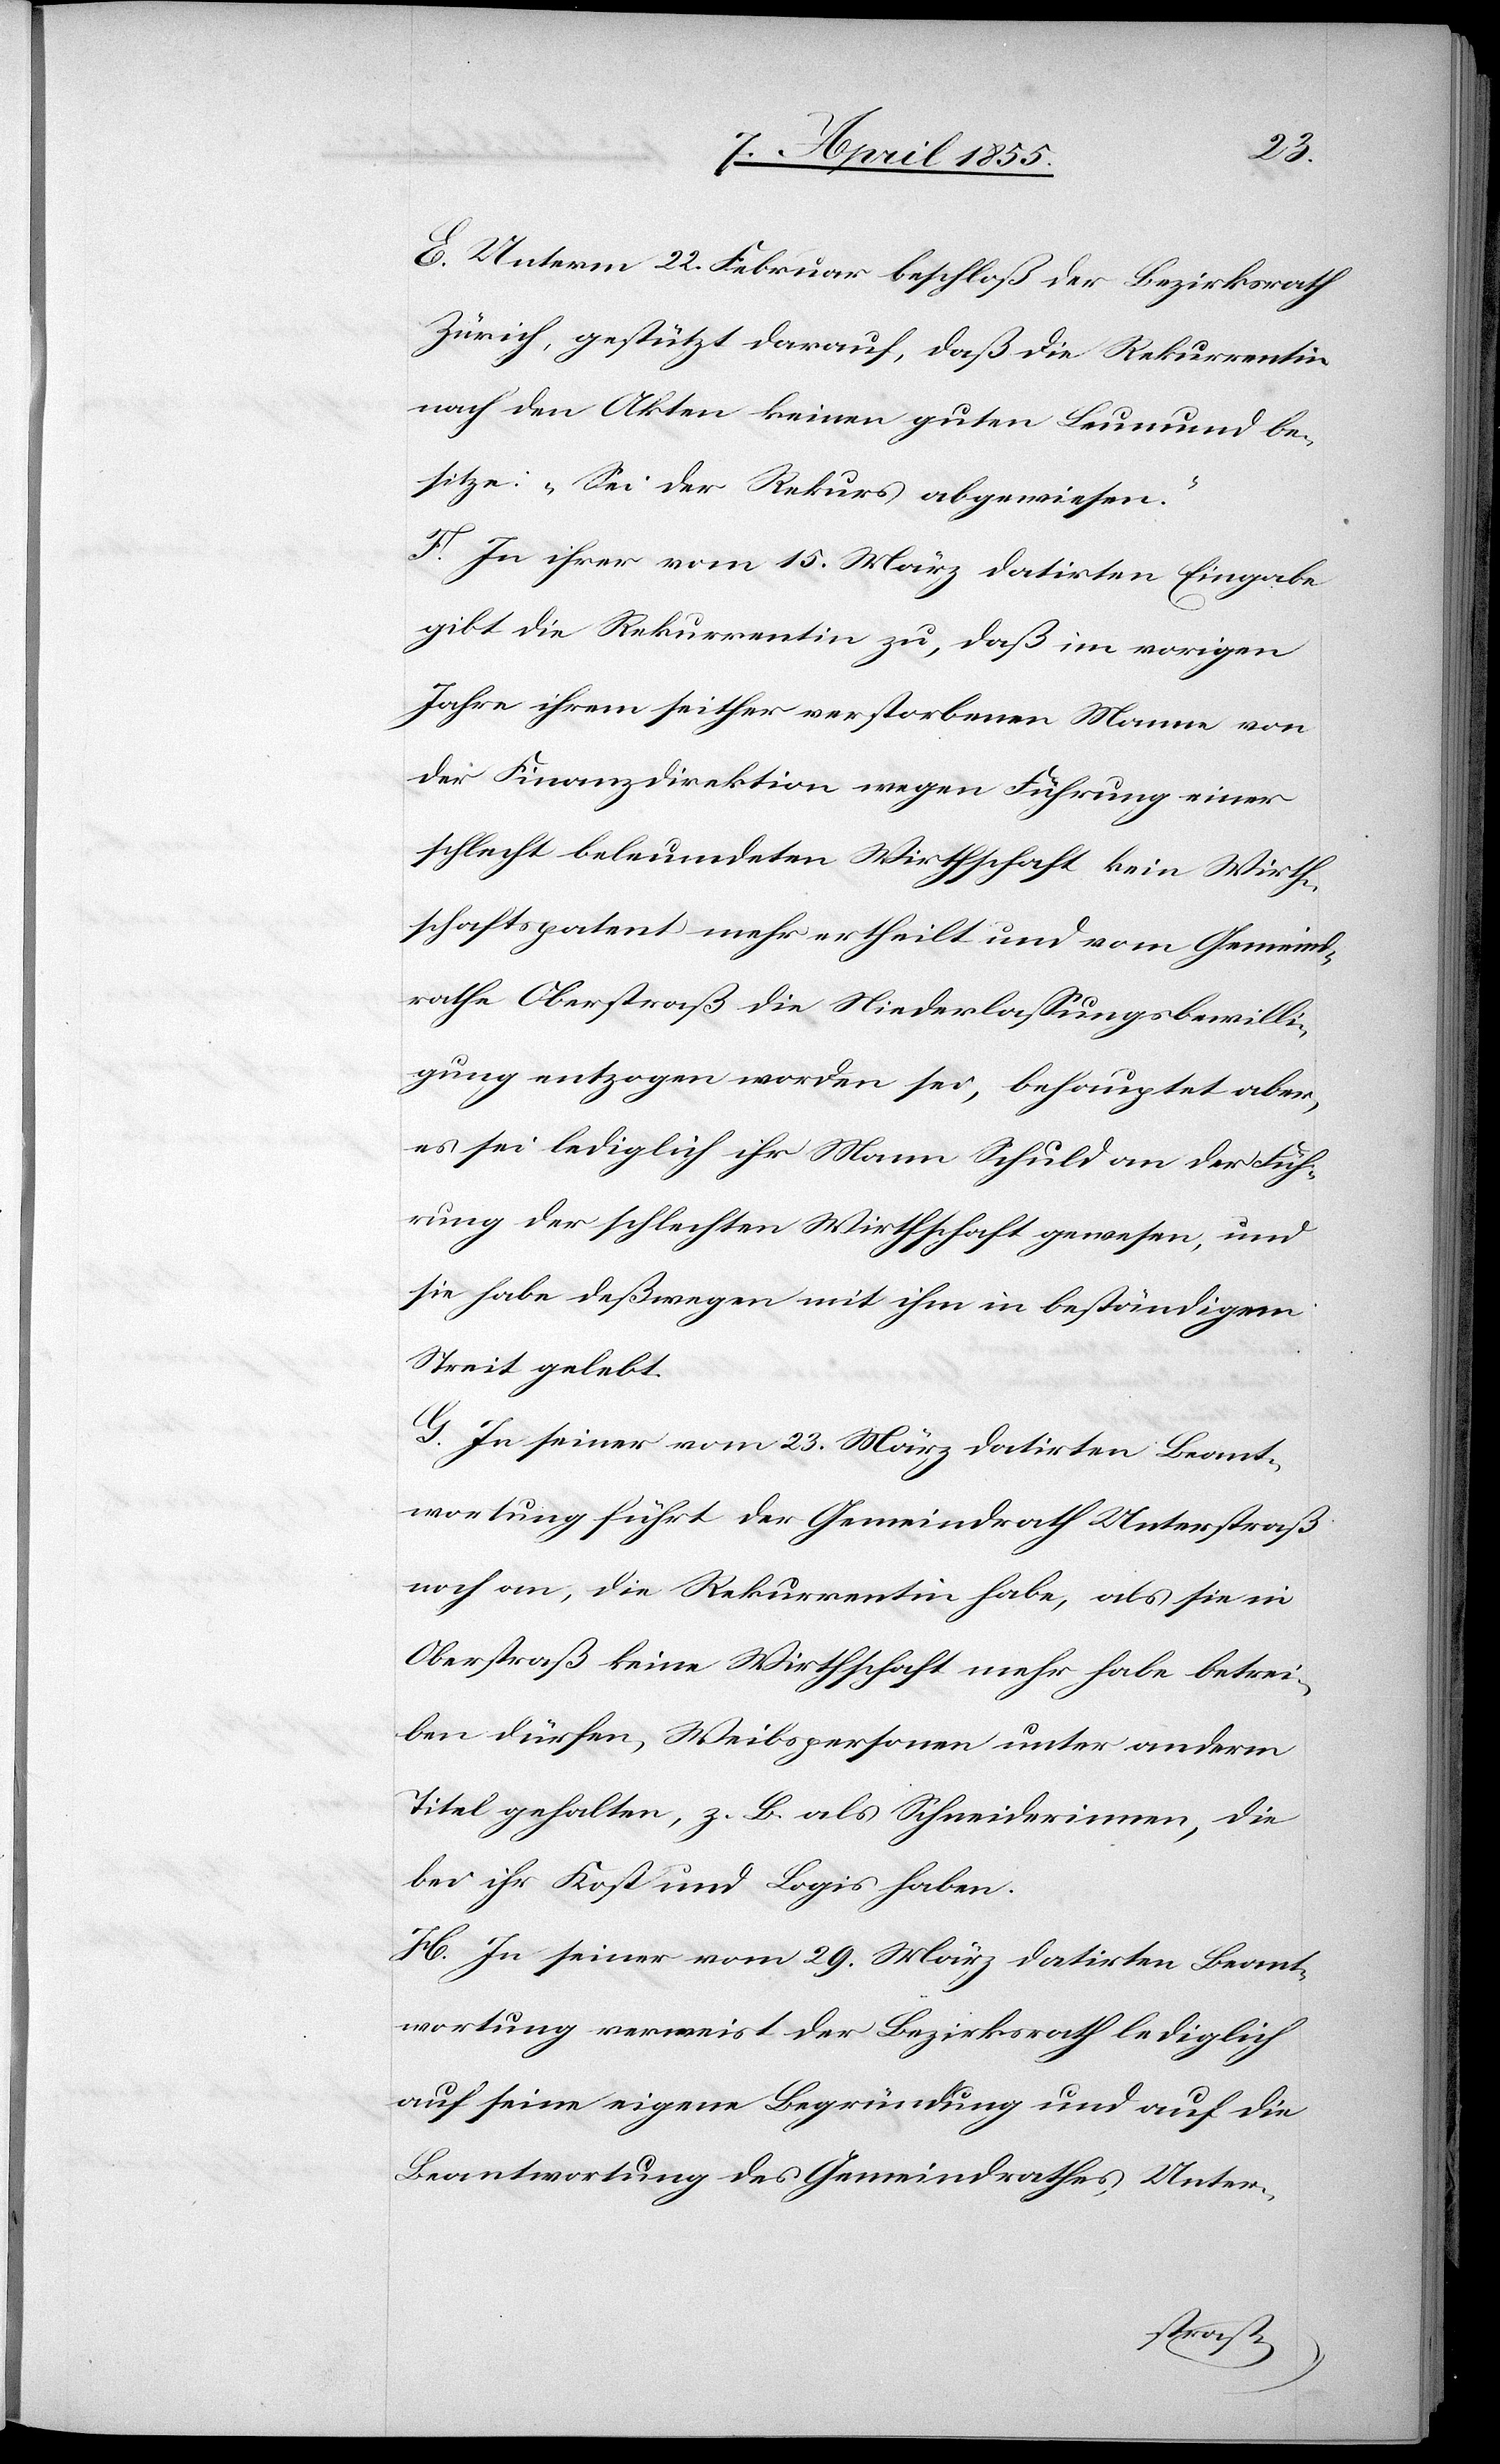
E. Unterm 22. Februar beschloß der Bezirksrath
Zürich, gestützt darauf, daß die Rekurrentin
nach den Akten keinen guten Leumund be¬
sitze: „Sei der Rekurs abgewiesen.“
F. In ihrer vom 15. März datirten Eingabe
gibt die Rekurrentin zu, daß im vorigen
Jahre ihrem seither verstorbenen Manne von
der Finanzdirektion wegen Führung einer
schlecht beleumdeten Wirthschaft kein Wirth¬
schaftspatent mehr ertheilt und vom Gemeind¬
rathe Oberstraß die Niederlassungsbewilli¬
gung entzogen worden sei, behauptet aber,
es sei lediglich ihr Mann Schuld an der Füh¬
rung der schlechten Wirthschaft gewesen, und
sie habe deßwegen mit ihm in beständigem
Streit gelebt.
G. In seiner vom 23. März datirten Beant¬
wortung führt der Gemeindrath Unterstraß
noch an, die Rekurrentin habe, als sie in
Oberstraß keine Wirthschaft mehr habe betrei¬
ben dürfen, Weibspersonen unter anderm
Titel gehalten, z. B. als Schneiderinnen, die
bei ihr Kost und Logis haben.
H. In seiner vom 29. März datirten Beant¬
wortung verweist der Bezirksrath lediglich
auf seine eigene Begründung und auf die
Beantwortung des Gemeindrathes Unter-